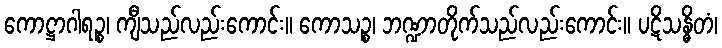
ကောဋ္ဌာဂါရဉ္စ၊ ကျီသည်လည်းကောင်း။ ကောသဉ္စ၊ ဘဏ္ဍာတိုက်သည်လည်းကောင်း။ ပဋိသန္ဓိတံ၊